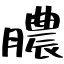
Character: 膿